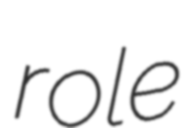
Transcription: role